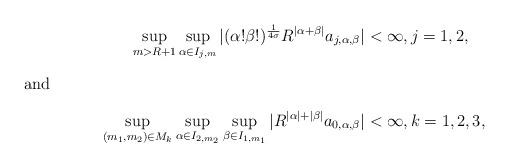
LaTeX: \begin{align*}\sup _{m> R+1}\sup _{\alpha \in I _{j,m}} | (\alpha ! \beta !) ^{\frac 1{4\sigma}}R ^{|\alpha + \beta|} a_{j, \alpha ,\beta}| &<\infty ,j=1,2,\intertext{and}\sup _{(m_1,m_2)\in M_k}\sup _{\alpha \in I _{2,m_2}}\sup _{\beta \in I _{1,m_1}} | R ^{|\alpha | + |\beta|} a_{0, \alpha ,\beta}| &<\infty ,k=1,2,3,\end{align*}